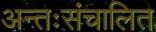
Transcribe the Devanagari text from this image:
अन्तःसंचालित